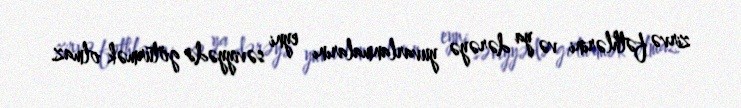
zirvə fəthlərini və ya dərəyə yuvarlanmalarını eyni səviyyədə götürmək olmaz.